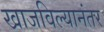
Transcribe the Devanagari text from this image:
खाजविल्यानंतर